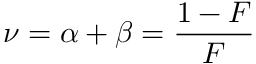
\nu = \alpha + \beta = { \frac { 1 - F } { F } }